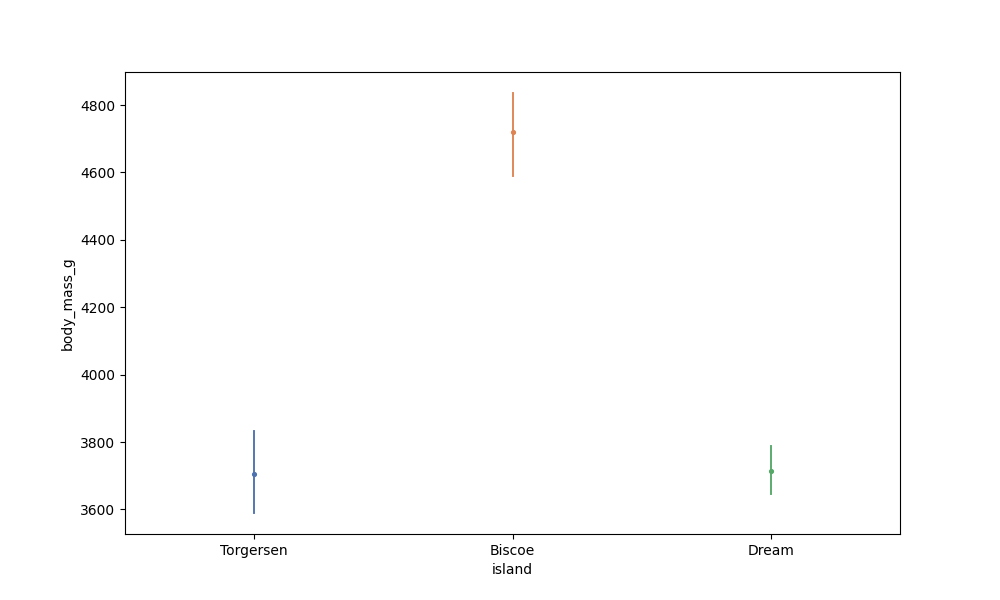
python, seaborn, pointplot, scale=0.5, join=True, hue='None', palette='deep'